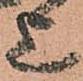
上